Annual report of the Punjab Veterinary College and of the Civil Veterinary Department, Punjab - 1894-1908
Year: 1894
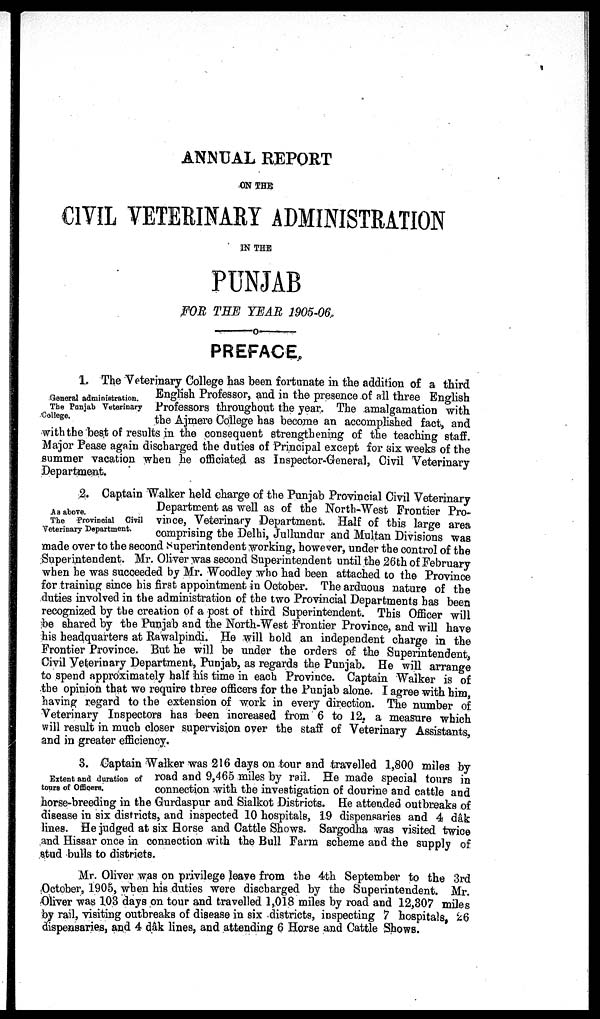
ANNUAL REPORT
ON THE
CIVIL VETERINARY ADMINISTRATION
IN THE
PUNJAB
FOR THE YEAR 1905-06.
PREFACE.
General administration.
The Punjab Veterinary
College.
1. The Veterinary College has been fortunate in the addition of a third
English Professor, and in the presence of all three English
Professors throughout the year. The amalgamation with
the Ajmere College has become an accomplished fact, and
with the best of results in the consequent strengthening of the teaching staff.
Major Pease again discharged the duties of Principal except for six weeks of the
summer vacation when he officiated as Inspector-General, Civil Veterinary
Department.
Aa above.
The Provincial Civil
Veterinary Department.
2. Captain Walker held charge of the Punjab Provincial Civil Veterinary
Department as well as of the North-West Frontier Pro-
vince, Veterinary Department. Half of this large area
comprising the Delhi, Jullundur and Multan Divisions was
made over to the second Superintendent working, however, under the control of the
Superintendent. Mr. Oliver was second Superintendent until the 26th of February
when he was succeeded by Mr. Woodley who had been attached to the Province
for training since his first appointment in October. The arduous nature of the
duties involved in the administration of the two Provincial Departments has been
recognized by the creation of a post of third Superintendent. This Officer will
be shared by the Punjab and the North-West Frontier Province, and will have
his headquarters at Rawalpindi. He will hold an independent charge in the
Frontier Province. But he will be under the orders of the Superintendent
Civil Veterinary Department, Punjab, as regards the Punjab. He will arrange
to spend approximately half his time in each Province. Captain Walker is of
the opinion that we require three officers for the Punjab alone. I agree with him
having regard to the extension of work in every direction. The number of
Veterinary Inspectors has been increased from 6 to 12, a measure which
will result in much closer supervision over the staff of Veterinary Assistants,
and in greater efficiency.
Extent and duration of
tours of Officers.
3. Captain Walker was 216 days on tour and travelled 1,800 miles by
road and 9,465 miles by rail. He made special tours in
connection with the investigation of dourine and cattle and
horse-breeding in the Gurdaspur and Sialkot Districts. He attended outbreaks of
disease in six districts, and inspected 10 hospitals, 19 dispensaries and 4 dâk
lines. He judged at six Horse and Cattle Shows. Sargodha was visited twice
and Hissar once in connection with the Bull Farm scheme and the supply of
stud bulls to districts.
Mr. Oliver was on privilege leave from the 4th September to the 3rd
October, 1905, when his duties were discharged by the Superintendent. Mr.
Oliver was 103 days on tour and travelled 1,018 miles by road and 12,307 miles
by rail, visiting outbreaks of disease in six districts, inspecting 7 hospitals 26
dispensaries, and 4 dâk lines, and attending 6 Horse and Cattle Shows.